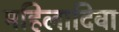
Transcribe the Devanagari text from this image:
महिलादिवा